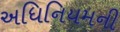
અધિનિયમની